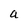
Character: a